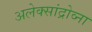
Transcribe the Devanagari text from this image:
अलेक्सांद्रोव्ना